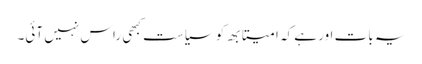
یہ بات اور ہے کہ امیتابھ کو سیاست کبھی راس نہیں آئی۔